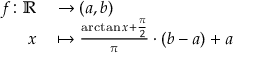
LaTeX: \begin{array} { r l } { f \colon \mathbb { R } } & { { } \to ( a , b ) } \\ { x } & { { } \mapsto { \frac { \arctan x + { \frac { \pi } { 2 } } } { \pi } } \cdot ( b - a ) + a } \end{array}